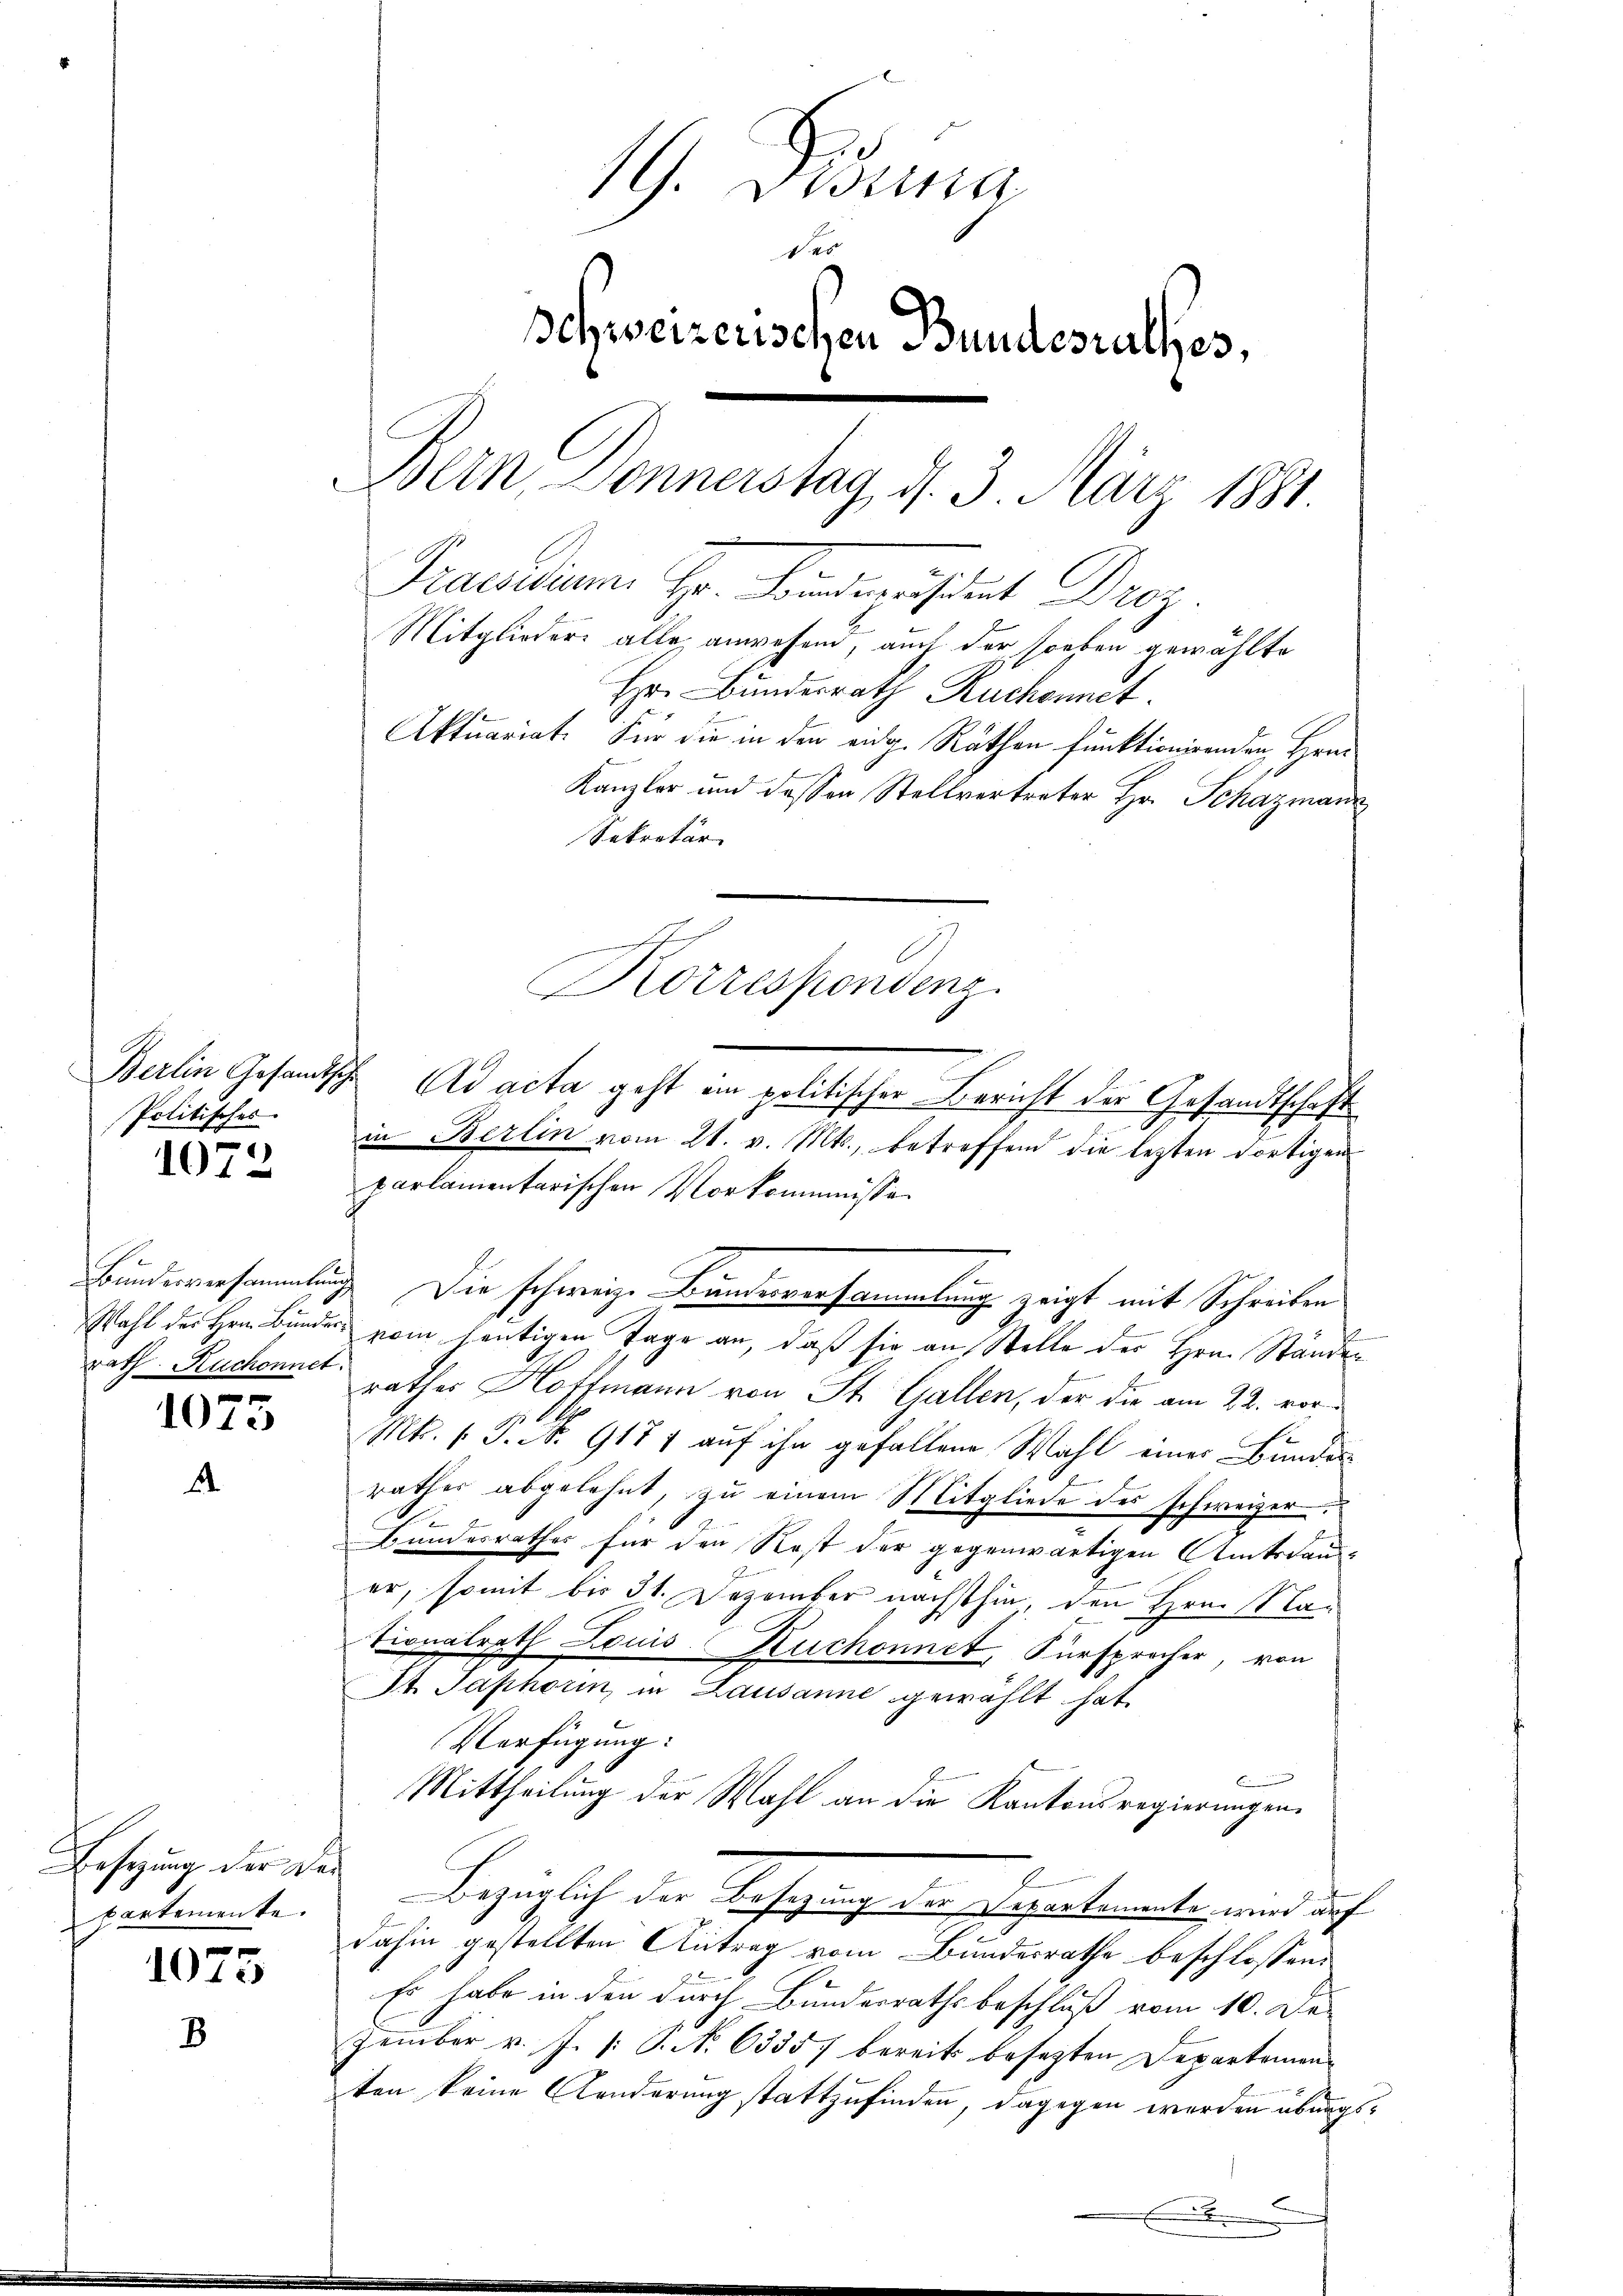
Politisches.

1072

1073

Besetzung der Dar
partemente.

1075

19. Dierna
40
schweizerischen Bundesrathes,
Bern, Donnerstag, d. 3. März 1881
Praesidium. Hr. Banderndent Droz.
Mitglieder alle anwesend, auch der soeben gewählte
Hr. Bundesrath Ruchonnet.
Aktuariat. Für die in den eidg. Räthen funktionirenden Hrn
Kanzler und dessen Stellvertreter Hr. Schazmann
Sekretär

Berlin Gesandtsche Ad acta geht ein politischer Bericht der Gesandtschaft
in Berlin vom 21. v. Mts., betreffend die lezten dortigen
parlamentarischen Vorkommnissen
E
Bundesversammlung. Die schweiz. Bundesversammlung zeigt mit Schreiben
t
Wahl der Hrn. Bunder vom heutigen Tage an, daß sie an Stelle der Hrn. Ständen
rath Ruchonnet Rathes Hoffmann von St. Gallen, der die am 22. vor¬
1 l.
.
Mk. l. J. N. 9177 auf ihn gefallene Wahl einer Bundes
rathes abgelehnt, zu einem Mitgliede des schweizer
Bundesrathes für den Rost der gegenwärtigen Amtsdauer, somit bis 31. Dezember nächsthin, den Greisla¬
Sionalrath Louis Ruchonnet, Fürsprocher, von
Ott. Saphorin, in Lausanne gewählt hat.
Verfügung:
B
Mittheilung der Wahl an die Kantonsregierungen.
Bezüglich der Ansehung der Departementen meind auf
dahin gestellten Antrag vom Bundesrathe beschlossen,
Es habe in den durch Bundesrathsbeschluß vom 10. De
zember v. J. P. No 6335/ bereits besezten Departemens
ten keine Aenderung stattzufinden, dagegen werden übungs¬
B
.

Korrespondenz.